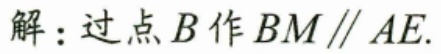
解：过点\(B\)作\(BM\parallel AE\).